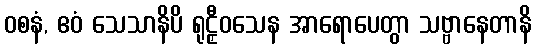
ဝစနံ, ဧဝံ သေသာနိပိ ရုဠှီဝသေန အာရောပေတွာ သဗ္ဗာနေတာနိ